Annual administration report of the Bombay Presidency - 1887-1892
Year: 1887
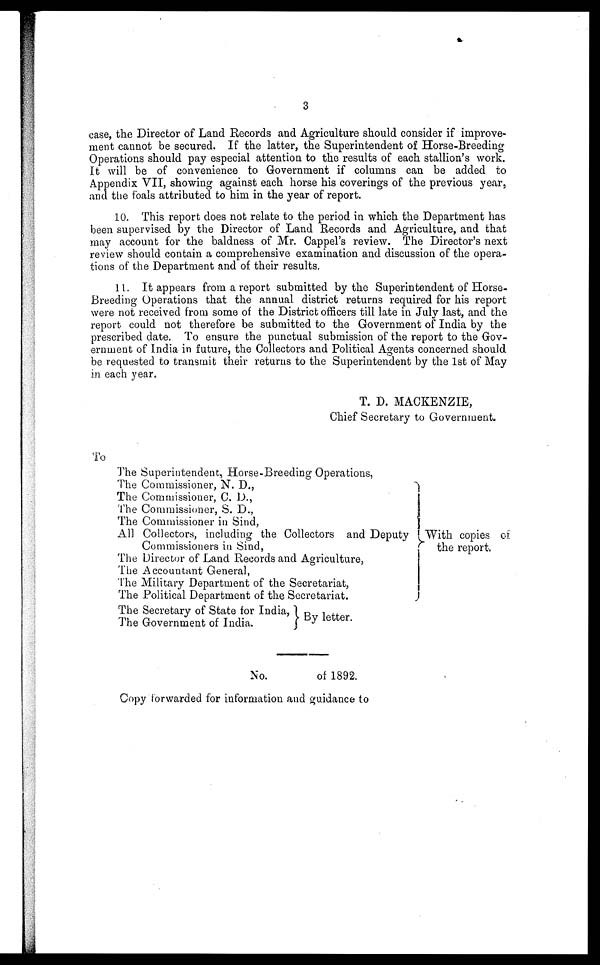
3
case, the Director of Land Records and Agriculture should consider if improve-
ment cannot be secured. If the latter, the Superintendent of Horse-Breeding
Operations should pay especial attention to the results of each stallion's work.
It will be of convenience to Government if columns can be added to
Appendix VII, showing against each horse his coverings of the previous year,
and the foals attributed to him in the year of report.
10. This report does not relate to the period in which the Department has
been supervised by the Director of Land Records and Agriculture, and that
may account for the baldness of Mr. Cappel's review. The Director's next
review should contain a comprehensive examination and discussion of the opera-
tions of the Department and of their results.
11. It appears from a report submitted by the Superintendent of Horse-
Breeding Operations that the annual district returns required for his report
were not received from some of the District officers till late in July last, and the
report could not therefore be submitted to the Government of India by the
prescribed date. To ensure the punctual submission of the report to the Gov-
ernment of India in future, the Collectors and Political Agents concerned should
be requested to transmit their returns to the Superintendent by the 1st of May
in each year.
T. D. MACKENZIE,
Chief Secretary to Government.
To
The Superintendent, Horse-Breeding Operations,
The Commissioner, N. D.,
The Commissioner, C. D.,
The Commissioner, S. D.,
The Commissioner in Sind,
All Collectors, including the Collectors and Deputy
Commissioners in Sind,
The Director of Land Records and Agriculture,
The Accountant General,
The Military Department of the Secretariat,
The Political Department of the Secretariat.
The Secretary of State for India,
The Government of India.
With copies of
the report,
No.
of 1892.
Copy forwarded for information and guidance to